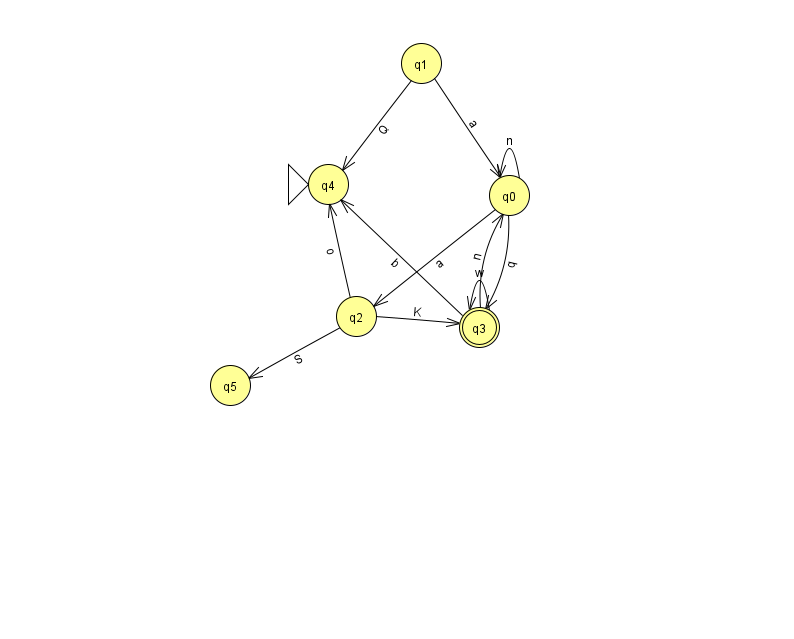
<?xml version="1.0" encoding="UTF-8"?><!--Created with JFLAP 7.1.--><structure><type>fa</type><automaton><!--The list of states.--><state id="0" name="q0"><x>509.0</x><y>182.0</y></state><state id="1" name="q1"><x>421.0</x><y>50.0</y></state><state id="2" name="q2"><x>356.0</x><y>303.0</y></state><state id="3" name="q3"><x>479.0</x><y>314.0</y><final/></state><state id="4" name="q4"><x>328.0</x><y>171.0</y><initial/></state><state id="5" name="q5"><x>230.0</x><y>372.0</y></state><!--The list of transitions.--><transition><from>1</from><to>0</to><read>a</read></transition><transition><from>0</from><to>3</to><read>q</read></transition><transition><from>2</from><to>5</to><read>S</read></transition><transition><from>3</from><to>4</to><read>b</read></transition><transition><from>0</from><to>2</to><read>a</read></transition><transition><from>1</from><to>4</to><read>Q</read></transition><transition><from>3</from><to>3</to><read>w</read></transition><transition><from>2</from><to>3</to><read>K</read></transition><transition><from>3</from><to>0</to><read>n</read></transition><transition><from>0</from><to>0</to><read>n</read></transition><transition><from>2</from><to>4</to><read>o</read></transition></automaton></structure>